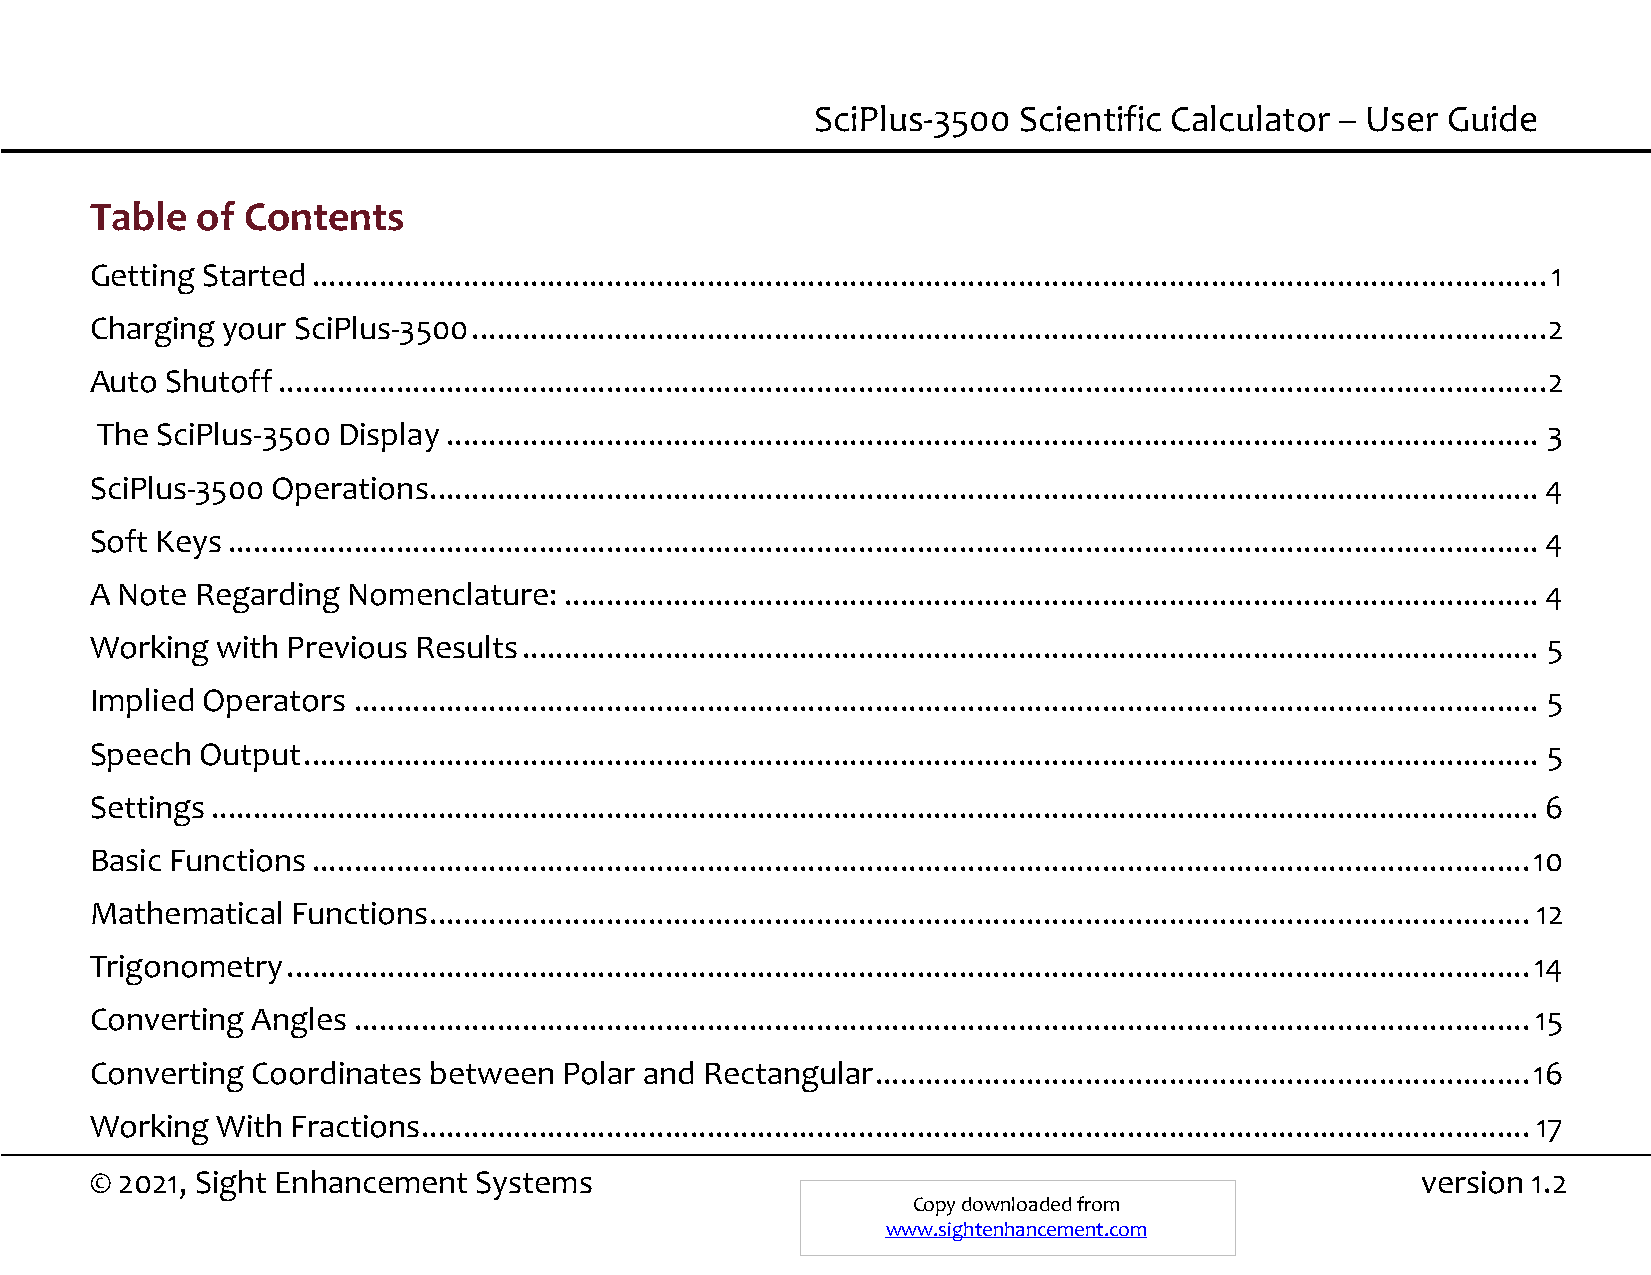
SciPlus-3500 Scientific Calculator – User Guide
 Table  of Contents
 Getting Started ................................................................................................................................................... 1
 Charging your SciPlus-3500 ................................................................................................................................ 2
 Auto Shutoff ....................................................................................................................................................... 2
 The SciPlus-3500 Display .................................................................................................................................. 3
 SciPlus-3500 Operations .................................................................................................................................... 4
 Soft Keys ............................................................................................................................................................ 4
 A Note Regarding Nomenclature: .................................................................................................................... 4
 Working with Previous Results ......................................................................................................................... 5
 Implied Operators ............................................................................................................................................. 5
 Speech Output ................................................................................................................................................... 5
 Settings .............................................................................................................................................................. 6
 Basic Functions ................................................................................................................................................. 10
 Mathematical Functions ................................................................................................................................... 12
 Trigonometry .................................................................................................................................................... 14
 Converting Angles ............................................................................................................................................ 15
 Converting Coordinates between Polar and Rectangular .............................................................................. 16
 Working With Fractions .................................................................................................................................... 17
 © 2021, Sight Enhancement Systems                                                       version 1.2
 Copy downloaded from
 www.sightenhancement.com